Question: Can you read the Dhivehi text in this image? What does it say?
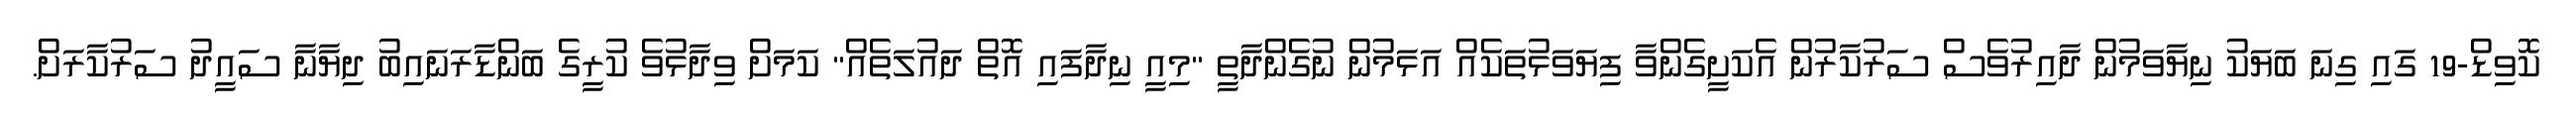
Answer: ކޮވިޑް-19 ގައި ގިނަ ބަޔަކު ނިޔާވަމުން ދާއިރުވެސް ސަރުކާރުން އެކަށީގެންވާ ފިޔަވަޅުތަކެއް އަޅަމުން ނުގެންދާތީ "މިއީ ނިދާފައި އޮތް ދައުލަތެއް" ކަމަށް ވިދާޅުވެ ކުރީގެ ބަންޑާރަނައިބު ދިޔާނާ ސައީދު ސަރުކާރަށް.